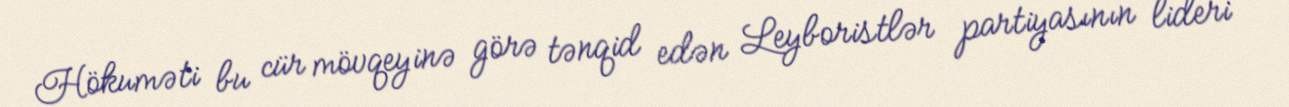
Hökuməti bu cür mövqeyinə görə tənqid edən Leyboristlər partiyasının lideri